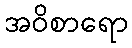
အဝိစာရော